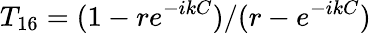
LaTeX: T_{16}=(1-re^{-ikC})/(r-e^{-ikC})